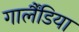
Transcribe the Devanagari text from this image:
गार्लैंडिया